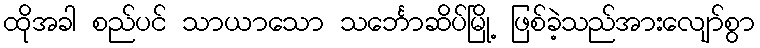
ထိုအခါ စည်ပင် သာယာသော သင်္ဘောဆိပ်မြို့ ဖြစ်ခဲ့သည်အားလျော်စွာ